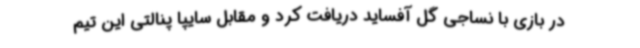
در بازی با نساجی گل آفساید دریافت کرد و مقابل سایپا پنالتی این تیم